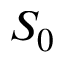
S _ { 0 }